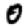
Digit: 0